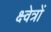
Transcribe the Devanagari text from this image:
क्ष्वेत्रों